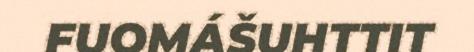
FUOMÁŠUHTTIT